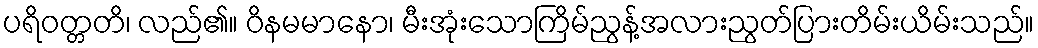
ပရိဝတ္တတိ၊ လည်၏။ ဝိနမမာနော၊ မီးအုံးသောကြိမ်ညွန့်အလားညွတ်ပြားတိမ်းယိမ်းသည်။